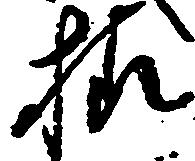
様